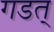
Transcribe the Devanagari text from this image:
गडत्